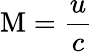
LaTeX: \mathrm{M}={\frac{u}{c}}